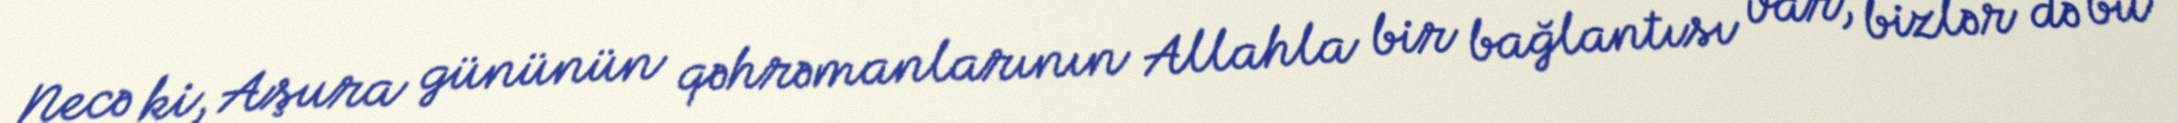
Necə ki, Aşura gününün qəhrəmanlarının Allahla bir bağlantısı var, bizlər də bu